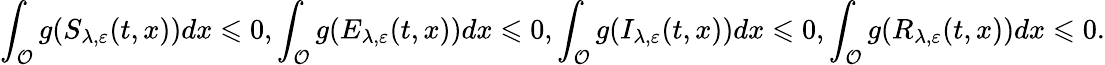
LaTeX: \int_{\mathcal{O}}g(S_{\lambda,\varepsilon}(t,x))dx\leqslant 0,\int_{\mathcal{O}}g(E_{\lambda,\varepsilon}(t,x))dx\leqslant 0,\int_{\mathcal{O}}g(I_{\lambda,\varepsilon}(t,x))dx\leqslant 0,\int_{\mathcal{O}}g(R_{\lambda,\varepsilon}(t,x))dx\leqslant 0.